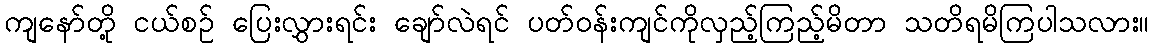
ကျနော်တို့ ငယ်စဉ် ပြေးလွှားရင်း ချော်လဲရင် ပတ်ဝန်းကျင်ကိုလှည့်ကြည့်မိတာ သတိရမိကြပါသလား။